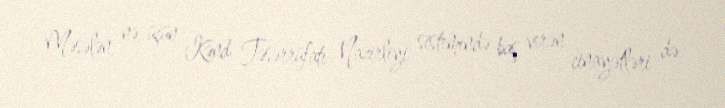
Məsələn, nə üçün Kənd Təsərrüfatı Nazirliyi sistemində baş verən cinayətləri də